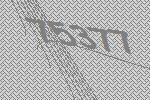
75377